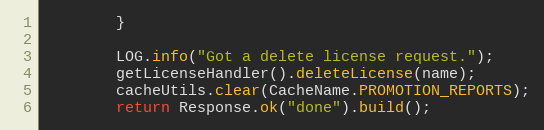
Language: Java
        }

        LOG.info("Got a delete license request.");
        getLicenseHandler().deleteLicense(name);
        cacheUtils.clear(CacheName.PROMOTION_REPORTS);
        return Response.ok("done").build();